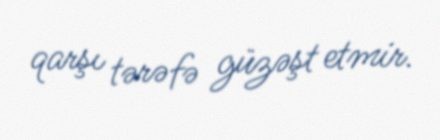
qarşı tərəfə güzəşt etmir.